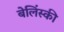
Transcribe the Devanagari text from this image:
बेलिंस्की